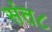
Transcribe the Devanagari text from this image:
संत८